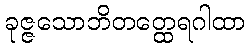
ခုဇ္ဇသောဘိတတ္ထေရဂါထာ